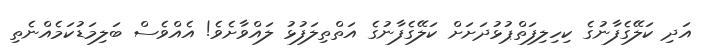
އަދި ކަލޭގެފާނުގެ ކިހިލިފަތްޕުޅުދަށަށް ކަލޭގެފާނުގެ އަތްތިލަފުޅު ލައްވާށެވެ! އެއްވެސް ބަލިމަޑުކަމެއްނެތި